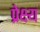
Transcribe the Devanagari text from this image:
प्रेक्ष्य